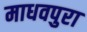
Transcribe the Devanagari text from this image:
माधवपुरा